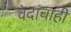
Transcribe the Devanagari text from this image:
वेदांचाही